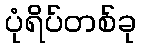
ပုံရိပ်တစ်ခု